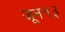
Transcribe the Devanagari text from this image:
जून१३